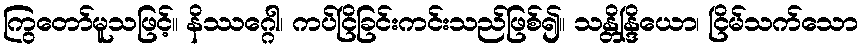
ကြွတော်မူသဖြင့်။ နိဿဂ္ဂေါ၊ ကပ်ငြိခြင်းကင်းသည်ဖြစ်၍။ သန္တိန္ဒြိယော၊ ငြိမ်သက်သော